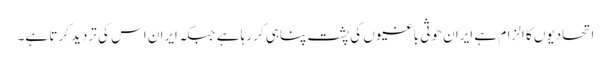
اتحادیوں کا الزام ہے ایران حوثی باغیوں کی پشت پناہی کر رہا ہے جبکہ ایران اس کی تردید کرتا ہے۔